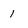
Character: 1